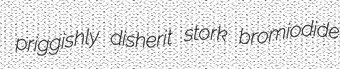
priggishly disherit stork bromiodide